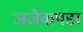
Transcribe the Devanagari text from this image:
अजैकपडा